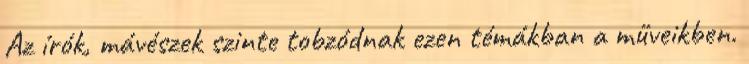
Az írók, mávészek szinte tobzódnak ezen témákban a műveikben.